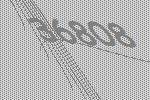
36808